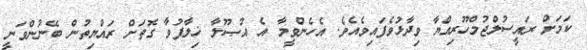
ކަމަށް ރައީސުލްޖުމްހޫރިއްޔާ ވިދާޅުވެފައިވެއެވެ. އެހެންވީމާ އެ އުޞޫލާ ޚިލާފުވާ ގޮތަށް ރައްޔިތުން ބޭނުންވަނީ